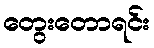
တွေးတောရင်း